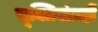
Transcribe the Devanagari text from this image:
सूक्तिसंग्रहों